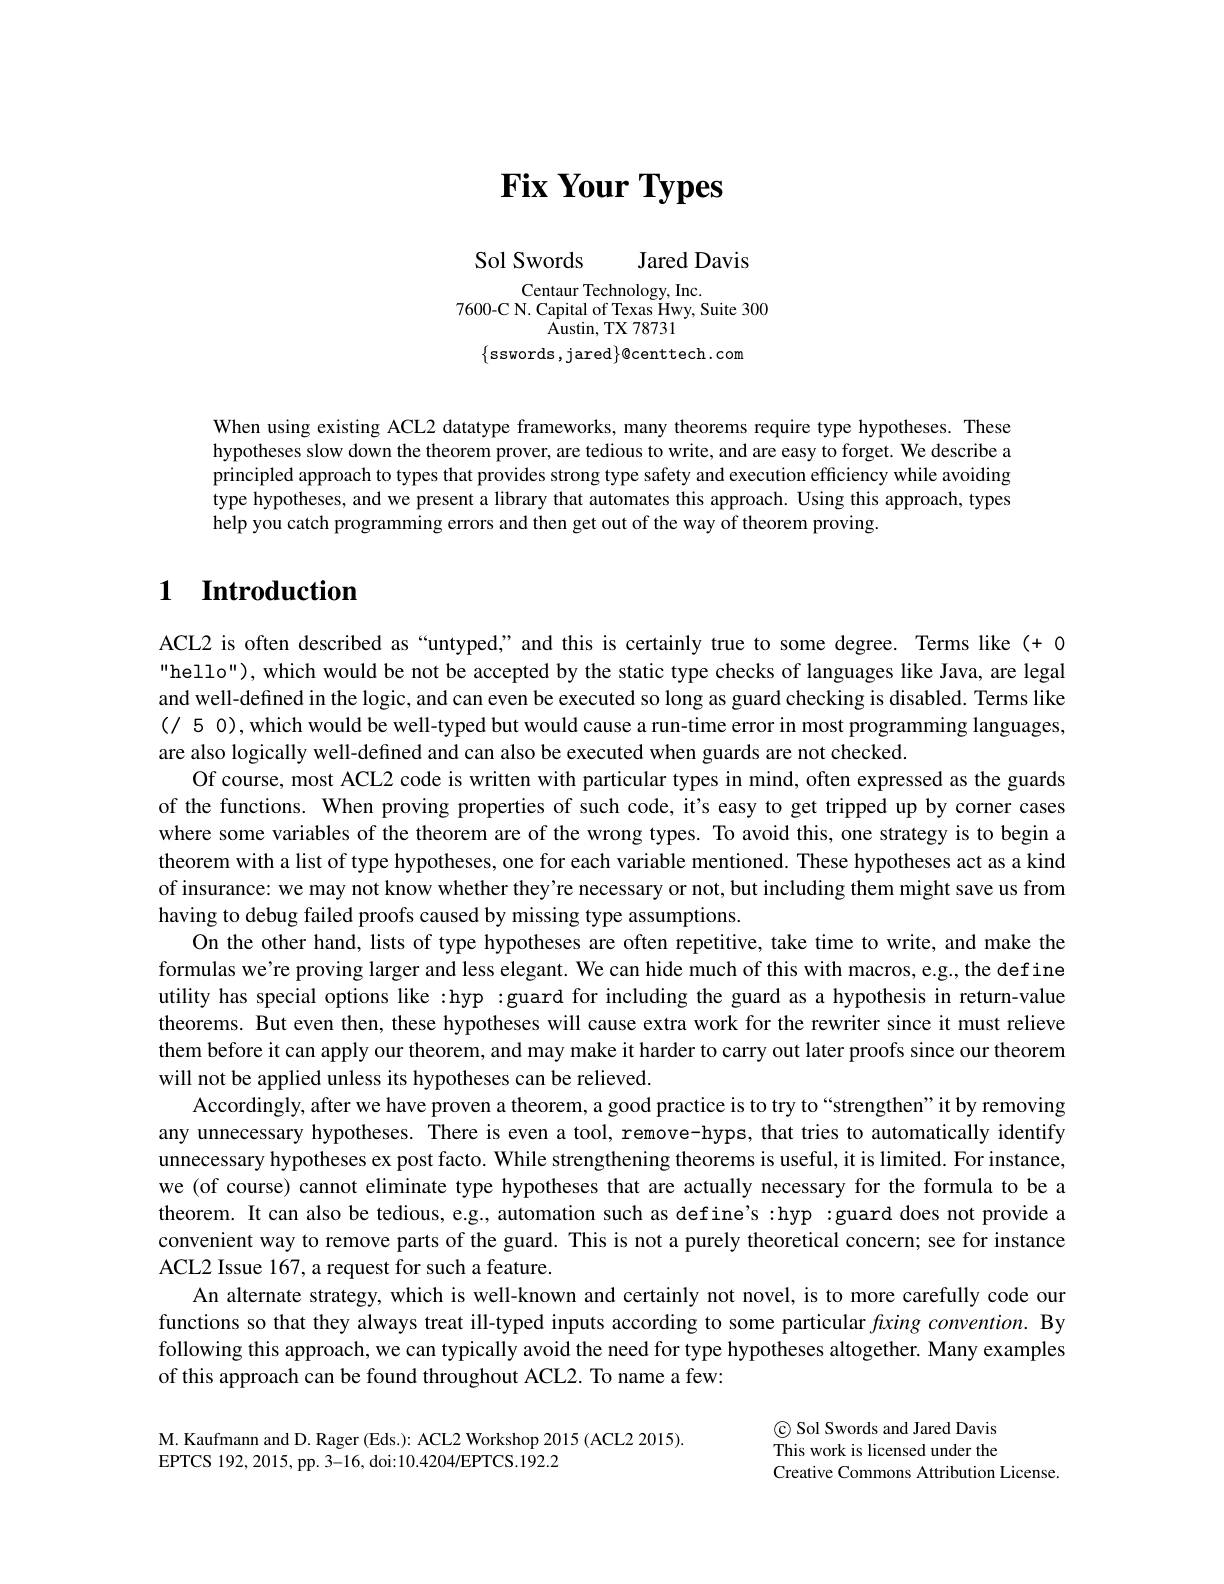
# $\textbf{Fix Your Types}$

Sol Swords Jared Davis
Centaur Technology, Inc.
7600-C N. Capital of Texas Hwy, Suite 300
${\mathrm{Austin,~TX~78731}}$
$\{\operatorname{sswords},\operatorname{jared}\}\emptyset$centtech$.\operatorname{com}$

When using existing ACL2 datatype frameworks, many theorems require type hypotheses. These hypotheses slow down the theorem prover, are tedious to write, and are easy to forget. We describe a principled approach to types that provides strong type safety and execution efficiency while avoiding type hypotheses, and we present a library that automates this approach. Using this approach, types help you catch programming errors and then get out of the way of theorem proving.

## $\textbf{1}$ $\textbf{Introduction}$

ACL2 is often described as “untyped,” and this is certainly true to some degree. Terms like (+ 0 "hello"), which would be not be accepted by the static type checks of languages like Java, are legal and well-defined in the logic, and can even be executed so long as guard checking is disabled. Terms like (/ 5 0), which would be well-typed but would cause a run-time error in most programming languages, are also logically well-defined and can also be executed when guards are not checked.
Of course, most ACL2 code is written with particular types in mind, often expressed as the guards of the functions. When proving properties of such code, it's easy to get tripped up by corner cases where some variables of the theorem are of the wrong types. To avoid this, one strategy is to begin a theorem with a list of type hypotheses, one for each variable mentioned. These hypotheses act as a kind of insurance: we may not know whether they're necessary or not, but including them might save us from having to debug failed proofs caused by missing type assumptions.
On the other hand, lists of type hypotheses are often repetitive, take time to write, and make the formulas we're proving larger and less elegant. We can hide much of this with macros, e.g., the def ine utility has special options like :hyp :guard for including the guard as a hypothesis in return-value theorems. But even then, these hypotheses will cause extra work for the rewriter since it must relieve them before it can apply our theorem, and may make it harder to carry out later proofs since our theorem will not be applied unless its hypotheses can be relieved.
Accordingly, after we have proven a theorem, a good practice is to try to“strengthen”it by removing any unnecessary hypotheses. There is even a tool, remove-hyps, that tries to automatically identify unnecessary hypotheses ex post facto. While strengthening theorems is useful, it is limited. For instance, we (of course) cannot eliminate type hypotheses that are actually necessary for the formula to be a theorem. It can also be tedious, e.g., automation such as define's :hyp :guard does not provide a convenient way to remove parts of the guard. This is not a purely theoretical concern; see for instance ACL2 Issue 167, a request for such a feature.
An alternate strategy, which is well-known and certainly not novel, is to more carefully code our functions so that they always treat ill-typed inputs according to some particular fxing convention. By following this approach, we can typically avoid the need for type hypotheses altogether. Many examples of this approach can be found throughout ACL2. To name a few:

M. Kaufmann and D. Rager (Eds.): ACL2 Workshop 2015 (ACL2 2015)
EPTCS 192, 2015, pp. 3-16, doi:10.4204/EPTCS.192.2

C Sol Swords and Jared Davis This work is licensed under the Creative Commons Attribution License